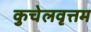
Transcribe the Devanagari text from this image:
कुचेलवृत्तम